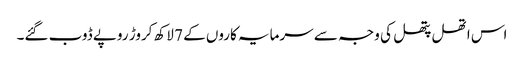
اس اتھل پتھل کی وجہ سے سرمایہ کاروں کے 7 لاکھ کروڑ روپے ڈوب گئے۔